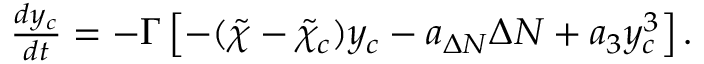
\begin{array} { r } { \frac { d y _ { c } } { d t } = - \Gamma \left[ - ( \tilde { \chi } - \tilde { \chi } _ { c } ) y _ { c } - a _ { \Delta N } \Delta N + a _ { 3 } y _ { c } ^ { 3 } \right] . } \end{array}